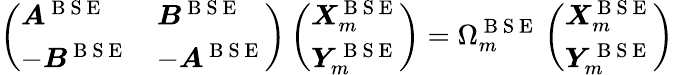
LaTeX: \left(\begin{array}{ll}{\boldsymbol{A}^{\mathrm{~B~S~E~}}}&{\boldsymbol{B}^{\mathrm{~B~S~E~}}}\\ {-\boldsymbol{B}^{\mathrm{~B~S~E~}}}&{-\boldsymbol{A}^{\mathrm{~B~S~E~}}}\end{array}\right)\left(\begin{array}{l}{\boldsymbol{X}_{m}^{\mathrm{~B~S~E~}}}\\ {\boldsymbol{Y}_{m}^{\mathrm{~B~S~E~}}}\end{array}\right)=\Omega_{m}^{\mathrm{~B~S~E~}}\left(\begin{array}{l}{\boldsymbol{X}_{m}^{\mathrm{~B~S~E~}}}\\ {\boldsymbol{Y}_{m}^{\mathrm{~B~S~E~}}}\end{array}\right)